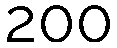
200